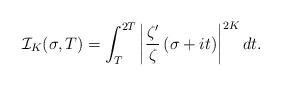
LaTeX: \begin{align*} \mathcal I_K(\sigma, T)=\int_{T}^{2T} \left|\frac{\zeta'}{\zeta}\left(\sigma+it\right)\right|^{2K} dt .\end{align*}